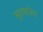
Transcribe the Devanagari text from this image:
भूतपालेन